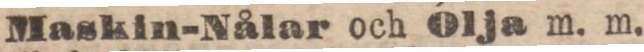
Maskin-Nålar och Olja m. m.